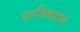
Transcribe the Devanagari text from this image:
परचितज्ञान